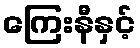
ကြေးနီနှင့်